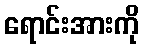
ရောင်းအားကို